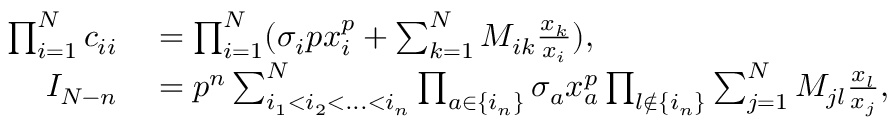
\begin{array} { r l } { \prod _ { i = 1 } ^ { N } c _ { i i } } & { { } = \prod _ { i = 1 } ^ { N } ( \sigma _ { i } p x _ { i } ^ { p } + \sum _ { k = 1 } ^ { N } M _ { i k } \frac { x _ { k } } { x _ { i } } ) , } \\ { I _ { N - n } } & { { } = p ^ { n } \sum _ { i _ { 1 } < i _ { 2 } < . . . < i _ { n } } ^ { N } \prod _ { a \in \{ i _ { n } \} } \sigma _ { a } x _ { a } ^ { p } \prod _ { l \not \in \{ i _ { n } \} } \sum _ { j = 1 } ^ { N } M _ { j l } \frac { x _ { l } } { x _ { j } } , } \end{array}